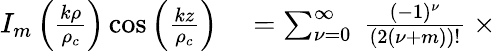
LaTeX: \begin{array}{rl}{I_{m}\left(\frac{k\rho}{\rho_{c}}\right)\cos\left(\frac{kz}{\rho_{c}}\right)}&{{}=\sum_{{\nu}=0}^{\infty}\ \frac{(-1)^{{\nu}}}{(2({\nu}+m))!}\ \times}\end{array}